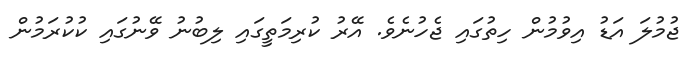
ޖުމުލަ އަޑު އިވުމުން ހިތުގައި ޖެހުނެވެ. އޭރު ކުރިމަތީގައި ލިބުނު ވޭނުގައި ކުކުރަމުން